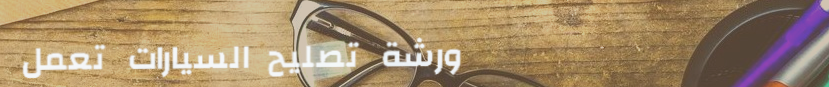
ورشة تصليح السيارات تعمل